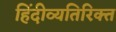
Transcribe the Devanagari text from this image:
हिंदीव्यतिरिक्त